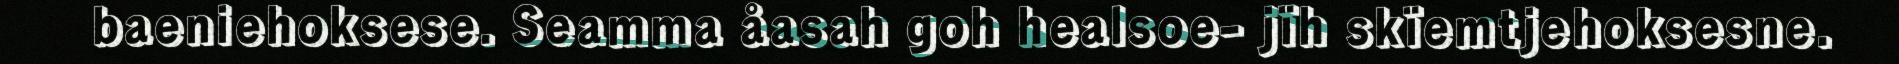
baeniehoksese. Seamma åasah goh healsoe- jïh skïemtjehoksesne.